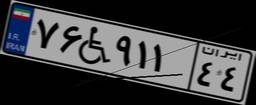
۰۹W۷۶۰۹۸